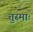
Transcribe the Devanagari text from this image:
तुस्माः